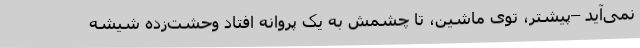
نمی‌آید –پیشتر، توی ماشین، تا چشمش به یک پروانه افتاد وحشت‌زده شیشه